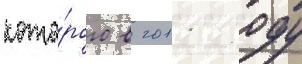
кото́рого в 2011 году